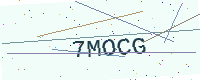
Text: 7MOCG